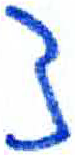
אות: צ